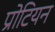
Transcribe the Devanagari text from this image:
प्रोटियन